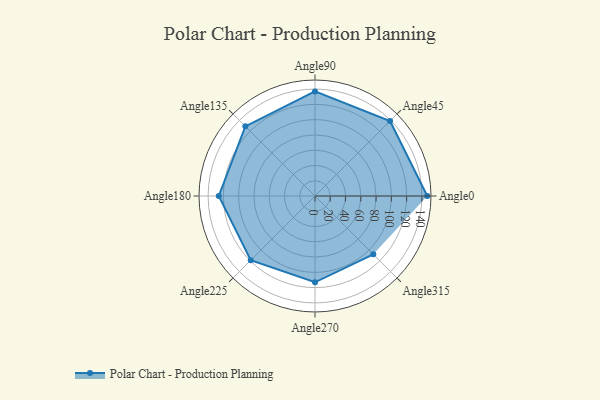
{"axis": {"x": "Angle", "y": "Radius"}, "legend": [""], "data": [{"x": "Angle0", "y": 147.0, "type": ""}, {"x": "Angle45", "y": 139.0, "type": ""}, {"x": "Angle90", "y": 137.0, "type": ""}, {"x": "Angle135", "y": 129.0, "type": ""}, {"x": "Angle180", "y": 126.0, "type": ""}, {"x": "Angle225", "y": 119.0, "type": ""}, {"x": "Angle270", "y": 113.0, "type": ""}, {"x": "Angle315", "y": 108.0, "type": ""}]}